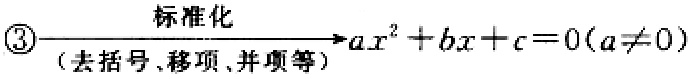
\(\textcircled{3}\xrightarrow[(\text{去括号、移项、并项等})]{\text{标准化}}ax^{2}+bx + c = 0(a\neq0)\)